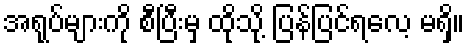
အရုပ်များကို စီပြီးမှ ထိုသို့ ပြန်ပြင်ရလေ့ မရှိ။